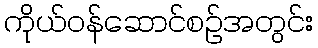
ကိုယ်ဝန်ဆောင်စဉ်အတွင်း